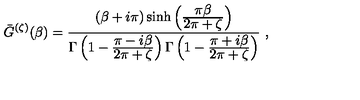
{ \bar { G } } ^ { ( \zeta ) } ( \beta ) = { \frac { ( \beta + i \pi ) \sinh \left( { \frac { \displaystyle \pi \beta } { \displaystyle 2 \pi + \zeta } } \right) } { \Gamma \left( 1 - { \frac { \displaystyle \pi - i \beta } { \displaystyle 2 \pi + \zeta } } \right) \Gamma \left( 1 - { \frac { \displaystyle \pi + i \beta } { \displaystyle 2 \pi + \zeta } } \right) } } \ ,